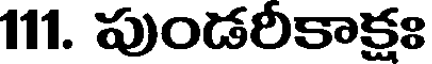
111. పుండరీకాక్షః